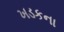
ખડકના